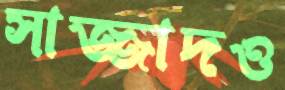
সাজ্জাদও